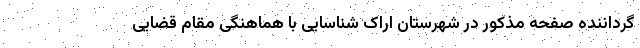
گرداننده صفحه مذکور در شهرستان اراک شناسایی با هماهنگی مقام قضایی